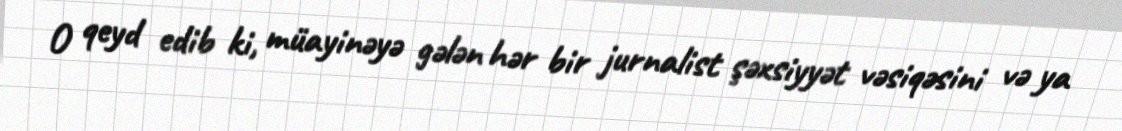
O qeyd edib ki, müayinəyə gələn hər bir jurnalist şəxsiyyət vəsiqəsini və ya